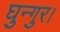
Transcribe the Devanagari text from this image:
घुन्गुर।